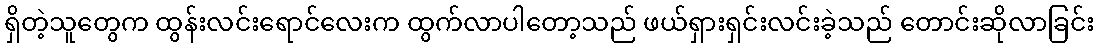
ရှိတဲ့သူတွေက ထွန်းလင်းရောင်လေးက ထွက်လာပါတော့သည် ဖယ်ရှားရှင်းလင်းခဲ့သည် တောင်းဆိုလာခြင်း